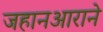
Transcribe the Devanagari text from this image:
जहानआराने